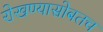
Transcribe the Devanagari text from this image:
रोखण्यासोबतच